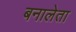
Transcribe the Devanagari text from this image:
बनालेता